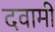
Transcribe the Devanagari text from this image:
दवामी